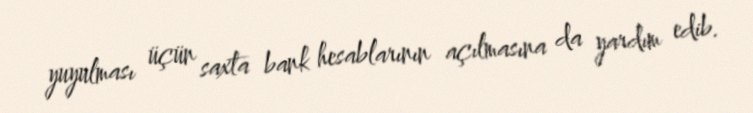
yuyulması üçün saxta bank hesablarının açılmasına da yardım edib.